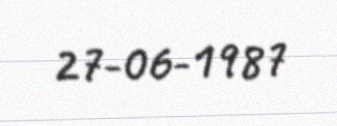
27-06-1987